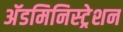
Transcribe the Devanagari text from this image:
अॅडमिनिस्ट्रेशन